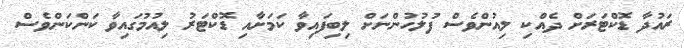
ރައުދާ ޑޮކްޓަރަށް ދެއްކި ލިއުންވެސް ފުލުހުންނަށް ލިބިފައިވާ ކަމަށާއި ޑޮކްޓަރު ލިއުމުގައިވާ ކަންކަންވެސް